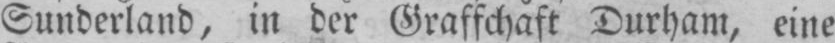
Sunderland, in der Grafschaft Durham, eine